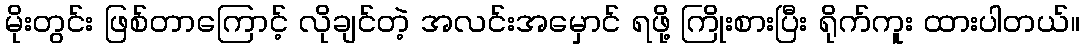
မိုးတွင်း ဖြစ်တာကြောင့် လိုချင်တဲ့ အလင်းအမှောင် ရဖို့ ကြိုးစားပြီး ရိုက်ကူး ထားပါတယ်။